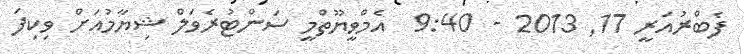
ފެބްރުއަރީ 17